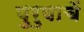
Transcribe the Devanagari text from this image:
पुरुषाचें